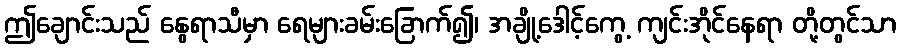
ဤချောင်းသည် နွေရာသီမှာ ရေများခမ်းခြောက်၍၊ အချို့ဒေါင့်ကွေ့ ကျင်းအိုင်နေရာ တို့တွင်သာ